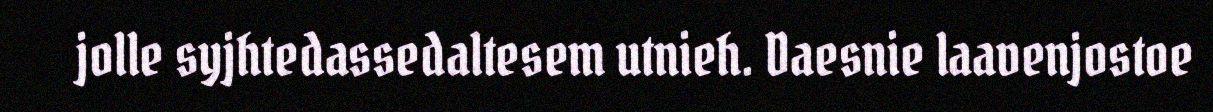
jolle syjhtedassedaltesem utnieh. Daesnie laavenjostoe